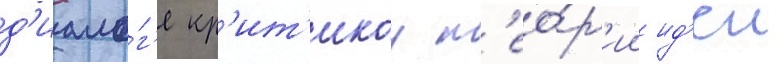
д'иало́г'е кр'ит'икои т'ео́р'ии ид'еи